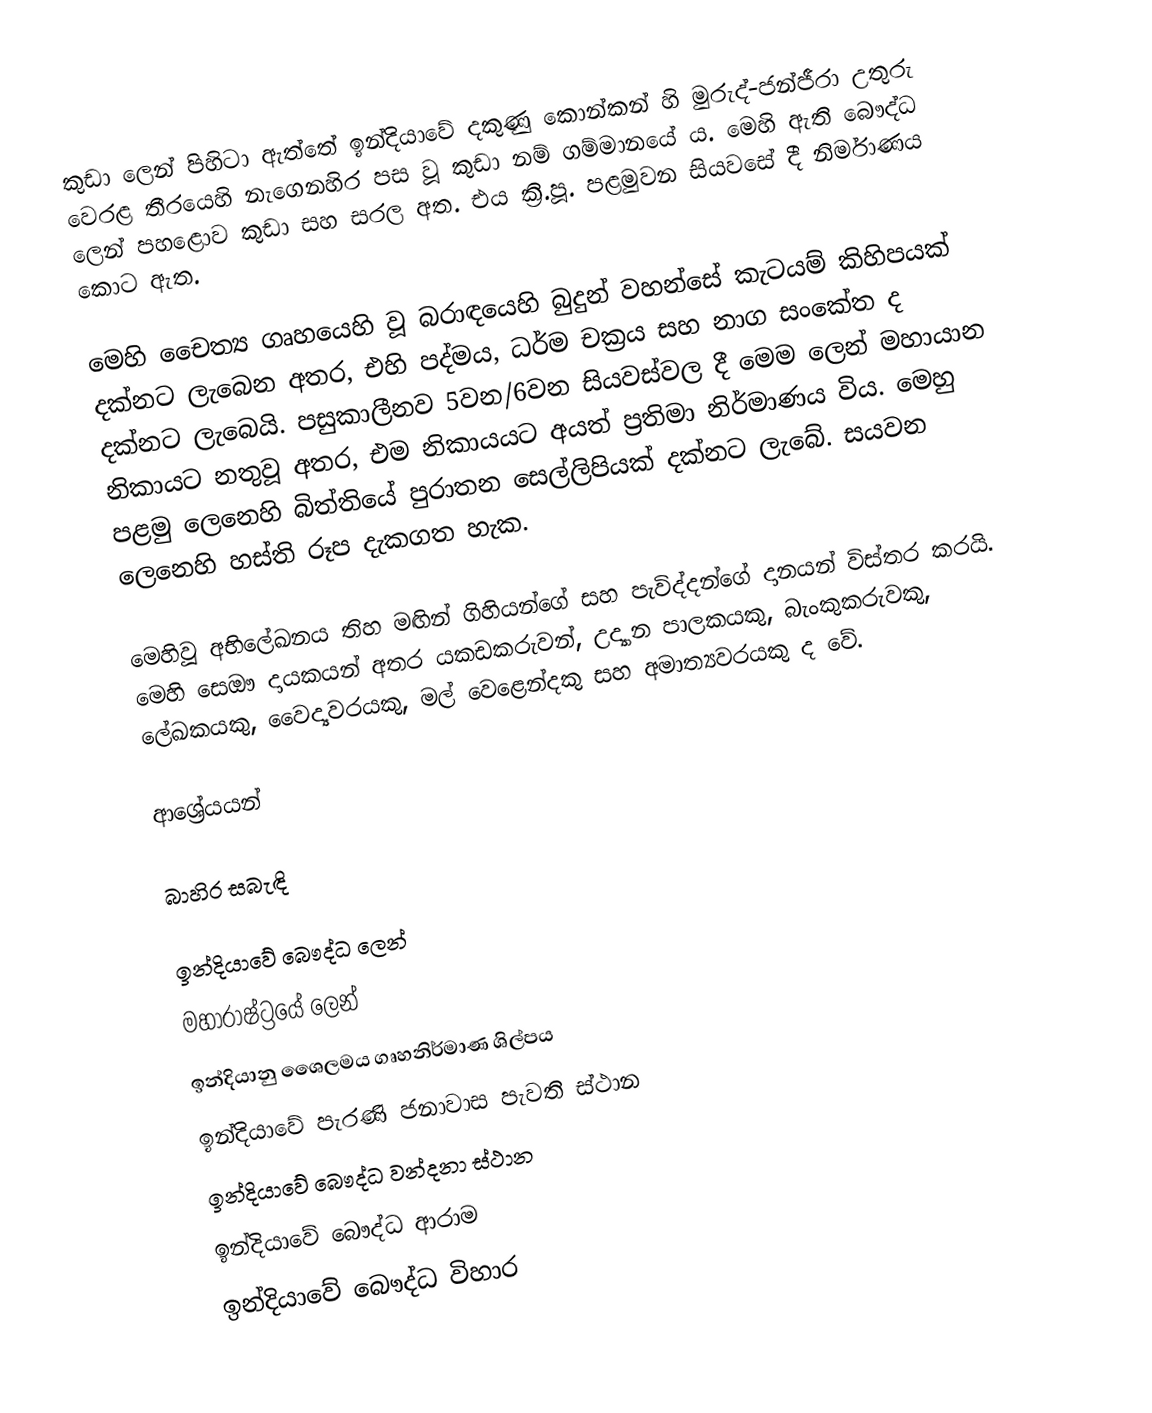
කුඩා ලෙන් පිහිටා ඇත්තේ ඉන්දියාවේ දකුණු කොන්කන් හි මුරුද්-ජන්ජීරා උතුරු වෙරළ තීරයෙහි නැගෙනහිර පස වූ කුඩා නම් ගම්මානයේ ය. මෙහි ඇති බෞද්ධ ලෙන් පහළොව කුඩා සහ සරල අත. එය ක්‍රි.පූ. පළමුවන සියවසේ දී නිර්මාණය කොට ඇත.

මෙහි චෛත්‍ය ගෘහයෙහි වූ බරාඳයෙහි බුදුන් වහන්සේ කැටයම් කිහිපයක් දක්නට ලැබෙන අතර, එහි පද්මය, ධර්ම චක්‍රය සහ නාග සංකේත ද දක්නට ලැබෙයි. පසුකාලීනව 5වන/6වන සියවස්වල දී මෙම ලෙන් මහායාන නිකායට නතුවූ අතර, එම නිකායයට අයත් ප්‍රතිමා නිර්මාණය විය. මෙහු පළමු ලෙනෙහි බිත්තියේ පුරාතන සෙල්ලිපියක් දක්නට ලැබේ. සයවන ලෙනෙහි හස්ති රූප දැකගත හැක.

මෙහිවූ අභිලේඛනය තිහ මඟින් ගිහියන්ගේ සහ පැවිද්දන්ගේ දානයන් විස්තර කරයි. මෙහි සෙඖ දායකයන් අතර යකඩකරුවන්, උද්‍යාන පාලකයකු, බැංකුකරුවකු, ලේඛකයකු, වෛද්‍යවරයකු, මල් වෙළෙන්දකු සහ අමාත්‍යවරයකු ද වේ.

ආශ්‍රේයයන්

බාහිර සබැඳි

ඉන්දියාවේ බෞද්ධ ලෙන්
මහාරාෂ්ට්‍රයේ ලෙන්
ඉන්දියානු ශෛලමය ගෘහනිර්මාණ ශිල්පය
ඉන්දියාවේ පැරණි ජනාවාස පැවති ස්ථාන
ඉන්දියාවේ බෞද්ධ වන්දනා ස්ථාන
ඉන්දියාවේ බෞද්ධ ආරාම
ඉන්දියාවේ බෞද්ධ විහාර